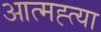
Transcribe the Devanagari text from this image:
आत्‍मह्त्‍या